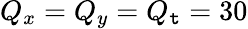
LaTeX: Q_{x}=Q_{y}=Q_{\mathtt{t}}=30